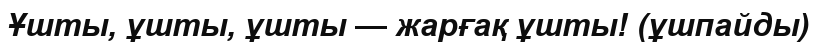
Ұшты, ұшты, ұшты — жарғақ ұшты! (ұшпайды)